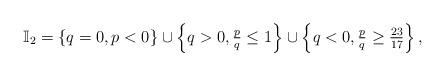
LaTeX: \begin{align*}\mathbb{I}_{2}=\left\{ q=0,p<0\right\} \cup \left\{ q>0,\tfrac{p}{q}\leq1\right\} \cup \left\{ q<0,\tfrac{p}{q}\geq \tfrac{23}{17}\right\} ,\end{align*}